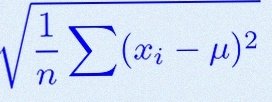
\sigma=\sqrt{\frac1n\sum(x_i-\mu)^2}